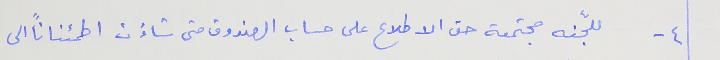
٤ - للجّنه مجتمعة حق الاطلاع على حساب الصندوق متى شاءَت اطمئناناً الى